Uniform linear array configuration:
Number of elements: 32
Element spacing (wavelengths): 0.5
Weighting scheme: blackman
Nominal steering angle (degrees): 45
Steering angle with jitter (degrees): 44.197
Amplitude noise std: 0.05
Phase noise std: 0.05

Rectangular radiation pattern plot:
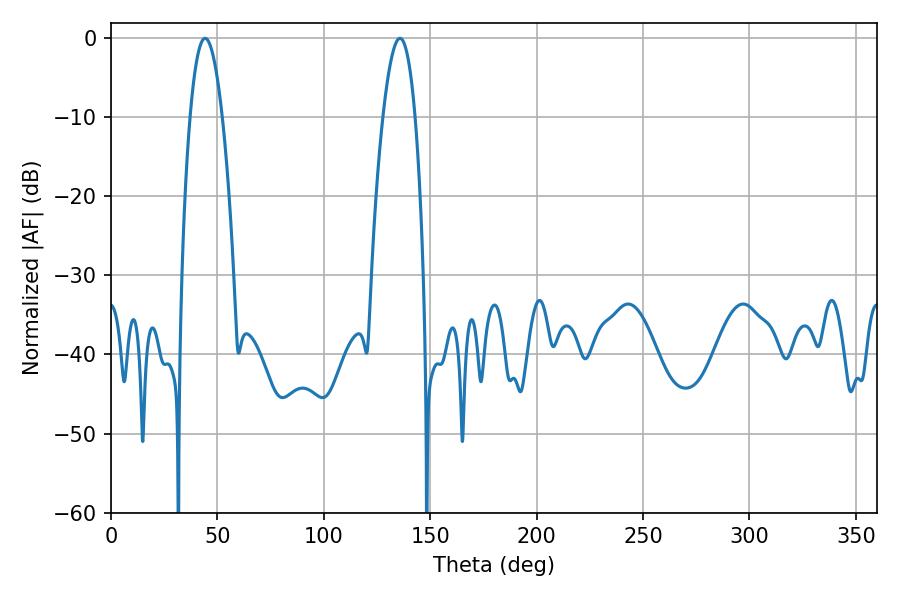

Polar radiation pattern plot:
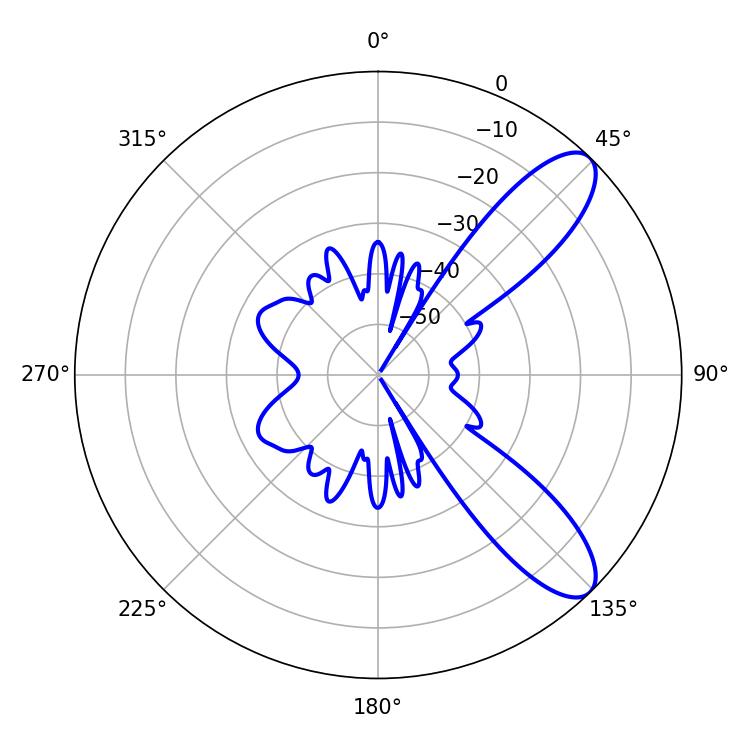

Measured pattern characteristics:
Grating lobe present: FALSE
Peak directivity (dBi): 9.623
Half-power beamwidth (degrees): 8.46
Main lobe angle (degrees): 44.28